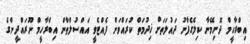
އިބްރާހީމް ދޮށިމޭނާ ކިލެގެފާނު ދައުލަތަށް ޚިދުމަތް ކުރައްވަން ފެއްޓެވީ އައްސުލްޠާން އިބްރާހީމް ނޫރައްދީންގެ